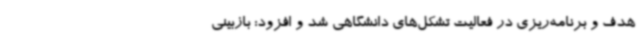
هدف و برنامه‌ریزی در فعالیت‌ تشکل‌های دانشگاهی شد و افزود: بازبینی